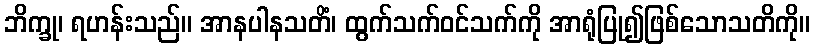
ဘိက္ခု၊ ရဟန်းသည်။ အာနပါနသတိံ၊ ထွက်သက်ဝင်သက်ကို အာရုံပြု၍ဖြစ်သောသတိကို။